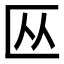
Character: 𫧏